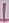
Text: 1